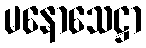
မနောသေဋ္ဌာ